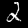
Digit: 2